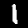
Label: 1